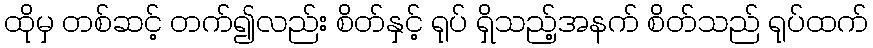
ထိုမှ တစ်ဆင့် တက်၍လည်း စိတ်နှင့် ရုပ် ရှိသည့်အနက် စိတ်သည် ရုပ်ထက်